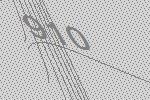
910